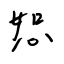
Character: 恕